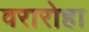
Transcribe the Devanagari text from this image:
वरारोहा